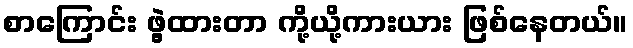
စာကြောင်း ဖွဲ့ထားတာ ကို့ယို့ကားယား ဖြစ်နေတယ်။